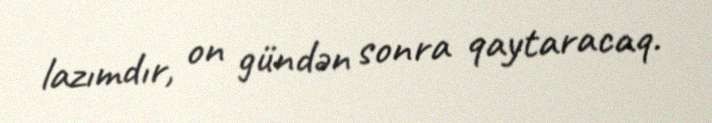
lazımdır, on gündən sonra qaytaracaq.